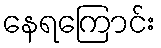
နေရကြောင်း